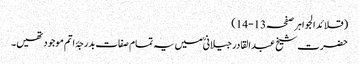
(قلائد الجواہر صفحہ13-14)
حضرت شیخ عبد القادر جیلانیؒ میں یہ تمام صفات بدرجۂ اتم موجود تھیں۔